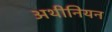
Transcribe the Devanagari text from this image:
अथीनियन